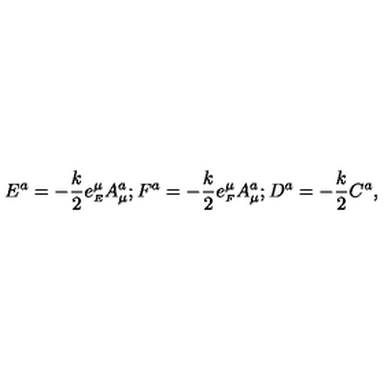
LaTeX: E ^ { a } = - \frac { k } { 2 } e _ { \scriptscriptstyle E } ^ { \mu } A _ { \mu } ^ { a } ; F ^ { a } = - \frac { k } { 2 } e _ { \scriptscriptstyle F } ^ { \mu } A _ { \mu } ^ { a } ; D ^ { a } = - \frac { k } { 2 } C ^ { a } ,